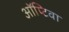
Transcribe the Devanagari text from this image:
ऑप्टिवा